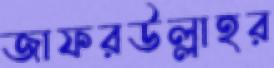
জাফরউল্লাহর